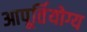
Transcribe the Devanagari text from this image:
आपूर्तियोग्य